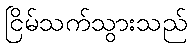
ငြိမ်သက်သွားသည်